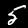
Label: 5